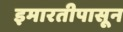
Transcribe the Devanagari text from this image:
इमारतीपासून